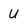
Character: U